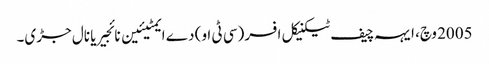
2005 وچ، ایہہ چیف ٹیکنیکل افسر (سی ٹی او) دے ایمٹیئین نائجیریا نال جڑی۔